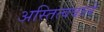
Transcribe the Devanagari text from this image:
अस्तित्ववाले